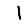
Digit: 1